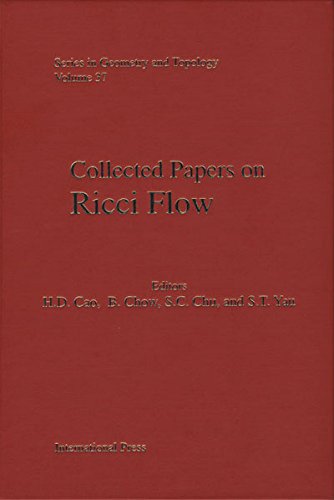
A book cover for Collected Papers on Ricci Flow (Vol 37); [various contributors]; Science & Math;